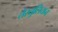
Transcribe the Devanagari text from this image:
तेरतुलियन